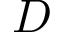
D